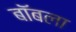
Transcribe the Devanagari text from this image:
बॉबला